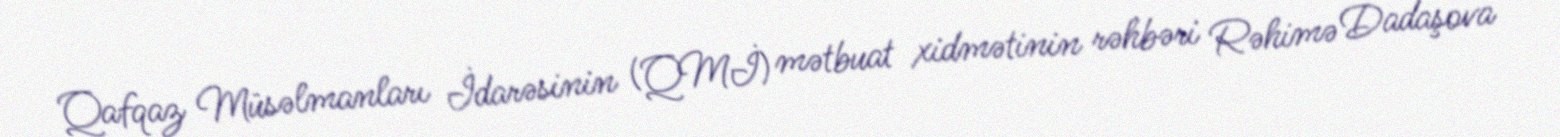
Qafqaz Müsəlmanları İdarəsinin (QMİ) mətbuat xidmətinin rəhbəri Rəhimə Dadaşova